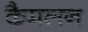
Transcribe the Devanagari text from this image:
कैमलन